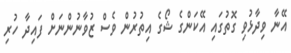
އޭނާ ވިދާޅުވި ގޮތުގައި އޭކަންގެ ޝޯގެ އިތުރުން ވެސް ޒުވާނުންނަށް ފައިދާ ހުރި